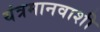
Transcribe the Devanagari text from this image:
यंत्रमानवाशी